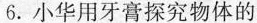
6.小华用牙膏探究物体的